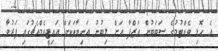
އެ ހޮޅި ވެއްޓުމުގެ ސަބަބުން އަޒްފާ އަށް ލިބުނު އަނިޔާތަކަށް އައިޖީއެމްއެޗުގައި ފަރުވާ